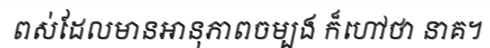
ពស់ដែលមានអានុភាពចម្បង ក៏ហៅថា នាគ។